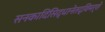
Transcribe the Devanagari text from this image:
सनकादिसिद्धानेतद्विमर्शे